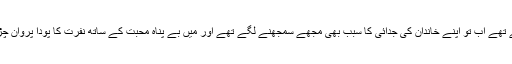
پاپا پہلے تو مجھے ماما کی موت کا ذمہ دار ٹھہراتے تھے اب تو اپنے خاندان کی جدائی کا سبب بھی مجھے سمجھنے لگے تھے اور میں بے پناہ محبت کے ساتھ نفرت کا پودا پروان چڑھاتے ان سے ان کی کوتاہیوں کا سبب نہ پوچھ سکی۔